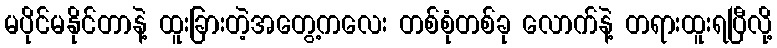
မပိုင်မနိုင်တာနဲ့ ထူးခြားတဲ့အတွေ့ကလေး တစ်စုံတစ်ခု လောက်နဲ့ တရားထူးရပြီလို့